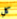
كل